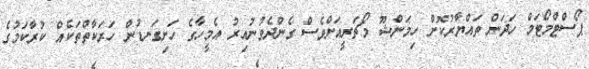
ޕޯސްޓްމޯޓަމް ހަދަން ތައްޔާރުކޮށް ހިމަންޝޫ މޯޗަރީއަށްވެސް ގެންދެވުނުއިރު އެމީހާގެ ހަށިގަނޑުން ހަރަކާތްތަކެއް ކުރާކަމުގެ